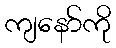
ကျနော်ကို